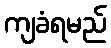
ကျခံရမည်